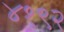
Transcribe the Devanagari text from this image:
४१९२